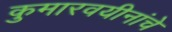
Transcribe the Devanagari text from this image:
कुमारवयीनांचे